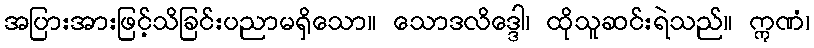
အပြားအားဖြင့်သိခြင်းပညာမရှိသော။ သောဒလိဒ္ဒေါ၊ ထိုသူဆင်းရဲသည်။ ဣဏံ၊